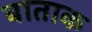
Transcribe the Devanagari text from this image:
बाताक